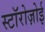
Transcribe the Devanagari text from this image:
स्टॉरोज़ोई